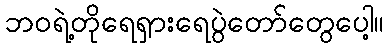
ဘဝရဲ့တိုရေရှားရေပွဲတော်တွေပေါ့။